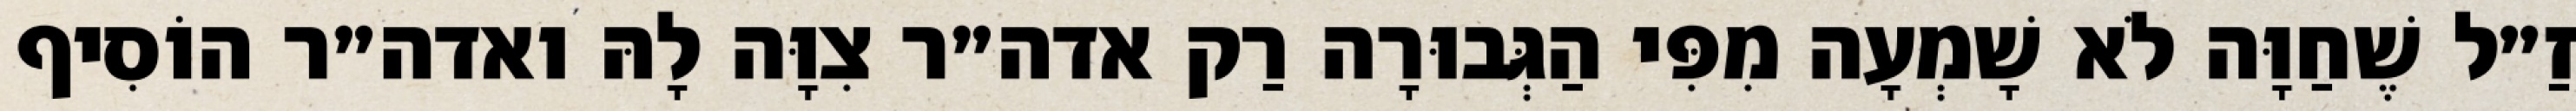
זַ״ל שֶׁחַוָּה לֹא שָׁמְעָה מִפִּי הַגְּבוּרָה רַק אדה״ר צִוָּה לָהּ ואדה״ר הוֹסִיף